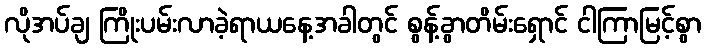
လိုအပ်ချ ကြိုးပမ်းလာခဲ့ရာယနေ့အခါတွင် စွန့်ခွာတိမ်းရှောင် ငါကြာမြင့်စွာ